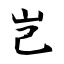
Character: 岂